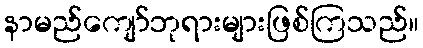
နာမည်ကျော်ဘုရားများဖြစ်ကြသည်။